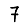
Digit: 7